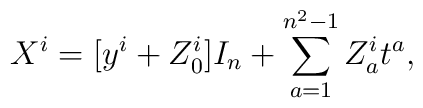
X^{i}=[y^{i}+ Z^{i}_{0}]I_{n} + \sum_{a=1}^{n^2 -1}Z^{i}_{a}t^{a},